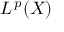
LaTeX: L ^ { \, p } ( X )